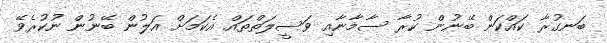
ބަނގުރާ ކައްކަން ބޭނުން ކުރާ ސާމާނާއި ވަސީލަތްތައް އެކަމަށް އަލުން ބޭނުން ނުކުރެވޭ